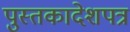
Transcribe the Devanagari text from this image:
पुस्तकादेशपत्र